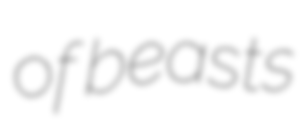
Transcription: of beasts